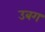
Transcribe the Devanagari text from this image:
उबग